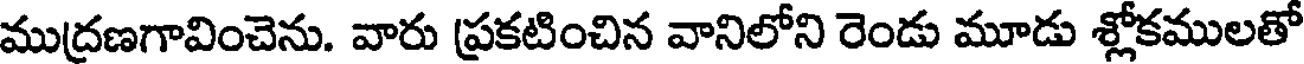
ముద్రణగావించెను. వారు ప్రకటించిన వానిలోని రెండు మూడు శ్లోకములతో